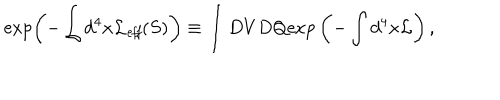
\exp \left( - \int d ^ { 4 } x { \cal L } _ { \it e f f } ( S ) \right) \equiv \int D V D Q \mathrm { e x p } \left( - \int d ^ { 4 } x { \cal L } \right) ,